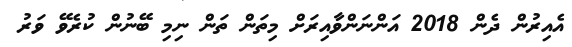
އެއިރުން ދެން 2018 އަންނަންވާއިރަށް މިތަން ތަން ނިމި ބޭނުން ކުރެވޭ ވަރު